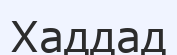
Хаддад